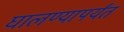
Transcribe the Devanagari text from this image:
घालण्यापर्यंत